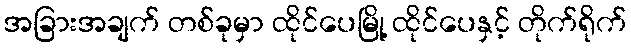
အခြားအချက် တစ်ခုမှာ ထိုင်ပေမြို့ ထိုင်ပေနှင့် တိုက်ရိုက်